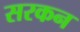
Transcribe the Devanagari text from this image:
सरकन